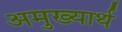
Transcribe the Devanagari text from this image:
अमुख्यार्थ